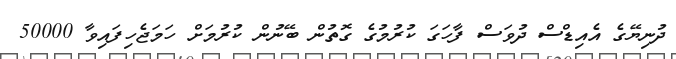
ދުނިޔޭގެ އެއިޑްސް ދުވަސް ފާހަގަ ކުރުމުގެ ގޮތުން ބޭނުން ކުރުމަށް ހަމަޖެހިފައިވާ 50000